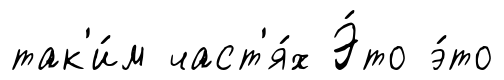
так'и́м част'я́х Э́то э́то